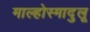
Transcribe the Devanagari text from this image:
माल्होस्मादुलू